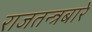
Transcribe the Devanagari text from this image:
राजतन्त्रबारे